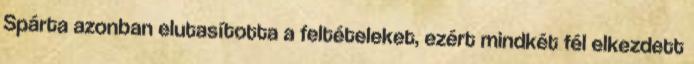
Spárta azonban elutasította a feltételeket, ezért mindkét fél elkezdett